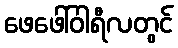
ဖေဖေါ်ဝါရီလတွင်